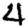
Digit: 4